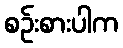
စဉ်းစားပါက